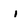
Character: i